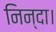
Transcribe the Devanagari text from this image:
निन्दा।